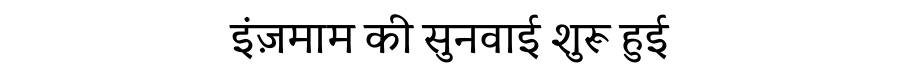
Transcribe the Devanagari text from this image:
इंज़माम की सुनवाई शुरू हुई